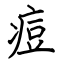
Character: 痘